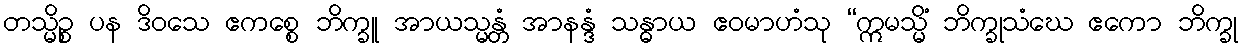
တသ္မိဉ္စ ပန ဒိဝသေ ဧကစ္စေ ဘိက္ခူ အာယသ္မန္တံ အာနန္ဒံ သန္ဓာယ ဧဝမာဟံသု “ဣမသ္မိံ ဘိက္ခုသံဃေ ဧကော ဘိက္ခု